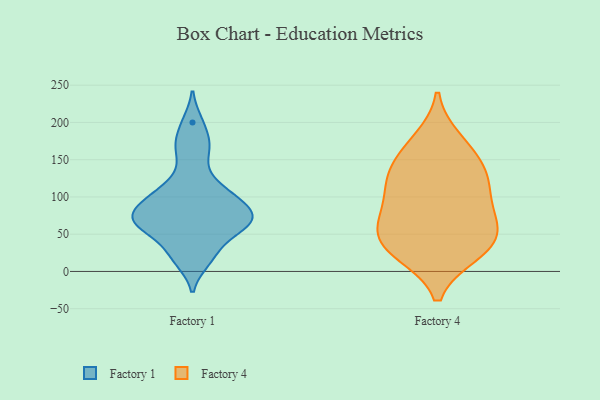
{"axis": {"x": "Headcount", "y": "Value"}, "legend": ["Factory 1", "Factory 4"], "data": [{"x": "", "y": 71, "type": "Factory 1"}, {"x": "", "y": 20, "type": "Factory 1"}, {"x": "", "y": 96, "type": "Factory 1"}, {"x": "", "y": 163, "type": "Factory 1"}, {"x": "", "y": 58, "type": "Factory 1"}, {"x": "", "y": 38, "type": "Factory 1"}, {"x": "", "y": 107, "type": "Factory 1"}, {"x": "", "y": 129, "type": "Factory 1"}, {"x": "", "y": 72, "type": "Factory 1"}, {"x": "", "y": 60, "type": "Factory 1"}, {"x": "", "y": 14, "type": "Factory 1"}, {"x": "", "y": 79, "type": "Factory 1"}, {"x": "", "y": 172, "type": "Factory 1"}, {"x": "", "y": 68, "type": "Factory 1"}, {"x": "", "y": 91, "type": "Factory 1"}, {"x": "", "y": 200, "type": "Factory 1"}, {"x": "", "y": 102, "type": "Factory 1"}, {"x": "", "y": 66, "type": "Factory 1"}, {"x": "", "y": 163, "type": "Factory 4"}, {"x": "", "y": 137, "type": "Factory 4"}, {"x": "", "y": 25, "type": "Factory 4"}, {"x": "", "y": 133, "type": "Factory 4"}, {"x": "", "y": 28, "type": "Factory 4"}, {"x": "", "y": 66, "type": "Factory 4"}, {"x": "", "y": 111, "type": "Factory 4"}, {"x": "", "y": 71, "type": "Factory 4"}, {"x": "", "y": 40, "type": "Factory 4"}, {"x": "", "y": 91, "type": "Factory 4"}, {"x": "", "y": 120, "type": "Factory 4"}, {"x": "", "y": 57, "type": "Factory 4"}, {"x": "", "y": 176, "type": "Factory 4"}, {"x": "", "y": 33, "type": "Factory 4"}]}